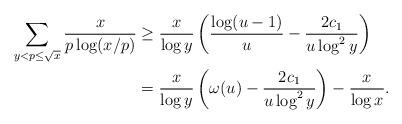
LaTeX: \begin{align*}\sum_{y<p\le \sqrt{x}}\frac{x}{p\log(x/p)}&\ge \frac{x}{\log y}\left(\frac{\log(u-1)}{u}-\frac{2c_1}{u\log^2y}\right) \\&=\frac{x}{\log y}\left(\omega(u)-\frac{2c_1}{u\log^2y}\right)-\frac{x}{\log x}.\end{align*}